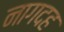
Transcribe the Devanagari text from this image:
नागदह